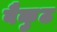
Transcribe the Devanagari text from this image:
वैकुठ